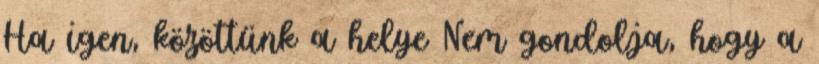
Ha igen, közöttünk a helye Nem gondolja, hogy a